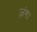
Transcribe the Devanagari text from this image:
ज़ंग।